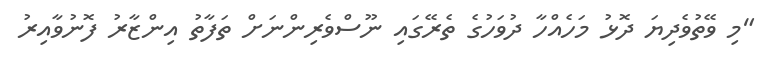
"މި ވޭތުވެދިޔަ ދޮޅު މަހެއްހާ ދުވަހުގެ ތެރޭގައި ނޫސްވެރިންނަށް ތަފާތު އިންޒާރު ފޮނުވާއިރު